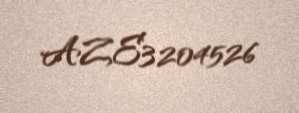
AZE3204526